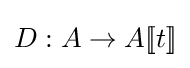
D:A\to A[\![t]\!]